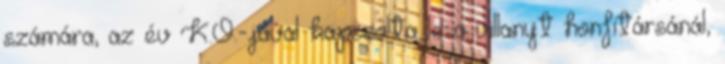
számára, az év K.O.-jával kapcsolta le a villanyt honfitársánál,